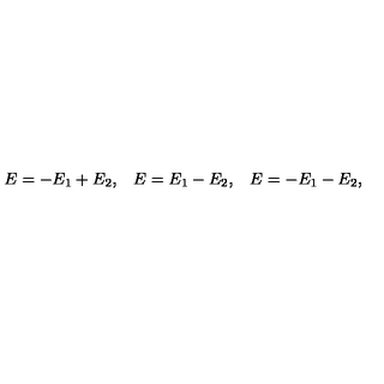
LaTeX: \begin{array} { l l l } { E = - E _ { 1 } + E _ { 2 } , } & { E = E _ { 1 } - E _ { 2 } , } & { E = - E _ { 1 } - E _ { 2 } , } \\ \end{array}